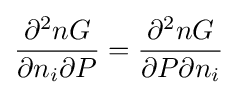
{\frac {\partial ^{2}nG}{\partial n_{i}\partial P}}={\frac {\partial ^{2}nG}{\partial P\partial n_{i}}}